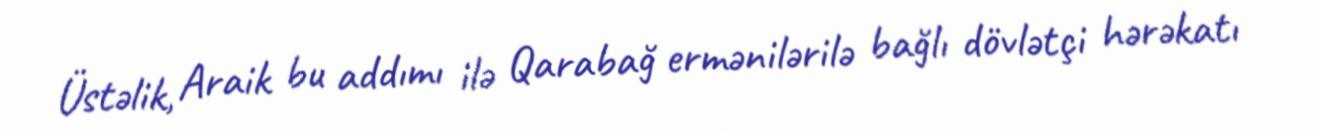
Üstəlik, Araik bu addımı ilə Qarabağ ermənilərilə bağlı dövlətçi hərəkatı